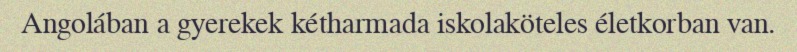
Angolában a gyerekek kétharmada iskolaköteles életkorban van.